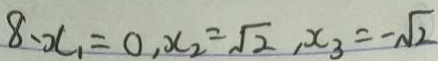
8 、 x _ { 1 } = 0 , x _ { 2 } = \sqrt { 2 } , x _ { 3 } = - \sqrt { 2 }